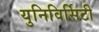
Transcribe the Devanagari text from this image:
युनिविर्सिटी